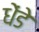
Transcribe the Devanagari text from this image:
धेंडे